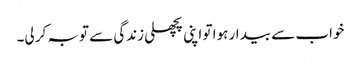
خواب سے بیدار ہوا تو اپنی پچھلی زندگی سے توبہ کر لی۔